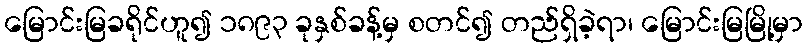
မြောင်းမြခရိုင်ဟူ၍ ၁၈၉၃ ခုနှစ်ခန့်မှ စတင်၍ တည်ရှိခဲ့ရာ၊ မြောင်းမြမြို့မှာ